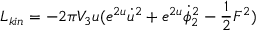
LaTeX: L _ { k i n } = - 2 \pi V _ { 3 } u ( e ^ { 2 u } { \dot { u } } ^ { 2 } + e ^ { 2 u } \dot { \phi } _ { 2 } ^ { 2 } - { \frac { 1 } { 2 } } F ^ { 2 } )